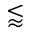
\lessapprox